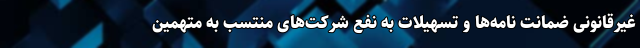
غیرقانونی ضمانت نامه‌ها و تسهیلات به نفع شرکت‌های منتسب به متهمین